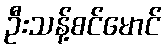
ဦးသန့်စင်မောင်